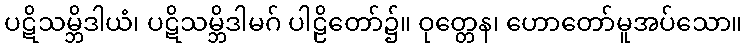
ပဋိသမ္ဘိဒါယံ၊ ပဋိသမ္ဘိဒါမဂ် ပါဠိတော်၌။ ဝုတ္တေန၊ ဟောတော်မူအပ်သော။